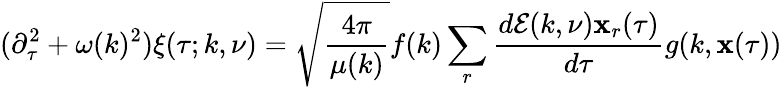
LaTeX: (\partial_{\tau}^{2}+\omega(k)^{2})\xi(\tau;k,\nu)=\sqrt{\frac{4\pi}{\mu(k)}}f(k)\sum_{r}\frac{d{\cal E}(k,\nu){\mathbf x}_{r}(\tau)}{d\tau}g(k,{\mathbf x}(\tau))